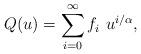
\begin{align*}Q(u)=\sum_{i=0}^{\infty} f_i\,\,u^{i/\alpha},\end{align*}